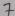
Text: 7